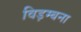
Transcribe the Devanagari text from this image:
विड़म्बना